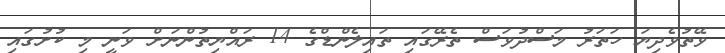
ވޭތުވެދިޔަ ހަތަރު މަސްދުވަސް ތެރޭގައި ތައިލެންޑްގެ 14 ރައްޔިތުންނަށް ވަނީ މި ކުށުގައި